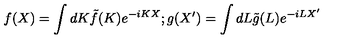
f ( X ) = \int d K \tilde { f } ( K ) e ^ { - i K X } ; g ( X ^ { \prime } ) = \int d L \tilde { g } ( L ) e ^ { - i L X ^ { \prime } }